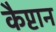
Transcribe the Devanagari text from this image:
कैप्टान